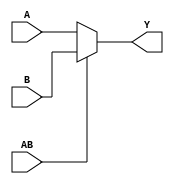
//Rolando Rosales 1001850424 - HW8 P1 parametrized 4-bit two-to-one mux

module twoto1mux #(parameter N = 4)
(
	input [N-1:0] A, B,
	input AB,
	output [N-1:0] Y
);
	assign Y = AB == 0 ? A : B;
endmodule